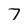
Character: 7